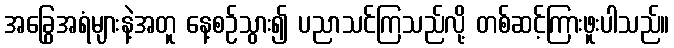
အခြွေအရံများနဲ့အတူ နေ့စဉ်သွား၍ ပညာသင်ကြသည်လို့ တစ်ဆင့်ကြားဖူးပါသည်။